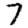
Digit: 7